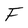
Character: F